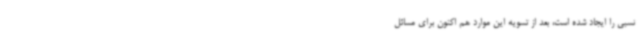
نسبی را ایجاد شده است، بعد از تسویه این موارد هم اکنون برای مسائل